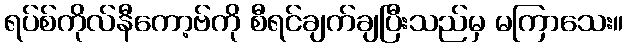
ရပ်စ်ကိုလ်နီကော့ဗ်ကို စီရင်ချက်ချပြီးသည်မှ မကြာသေး။